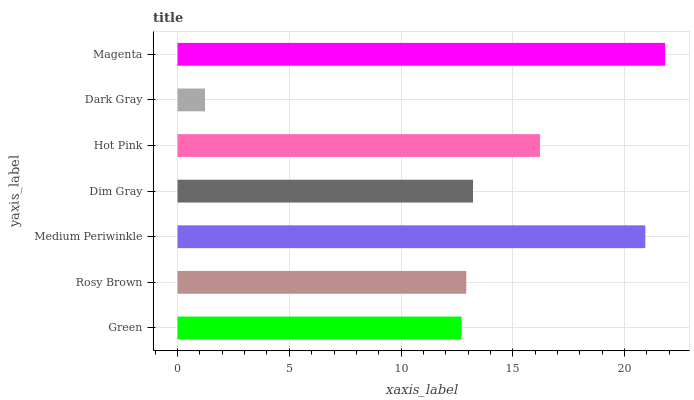
| yaxis_label | bars |
 | --- | --- |
 | Green | 12.7 |
 | Rosy Brown | 12.9 |
 | Medium Periwinkle | 20.9 |
 | Dim Gray | 13.2 |
 | Hot Pink | 16.2 |
 | Dark Gray | 1.23 |
 | Magenta | 21.8 |